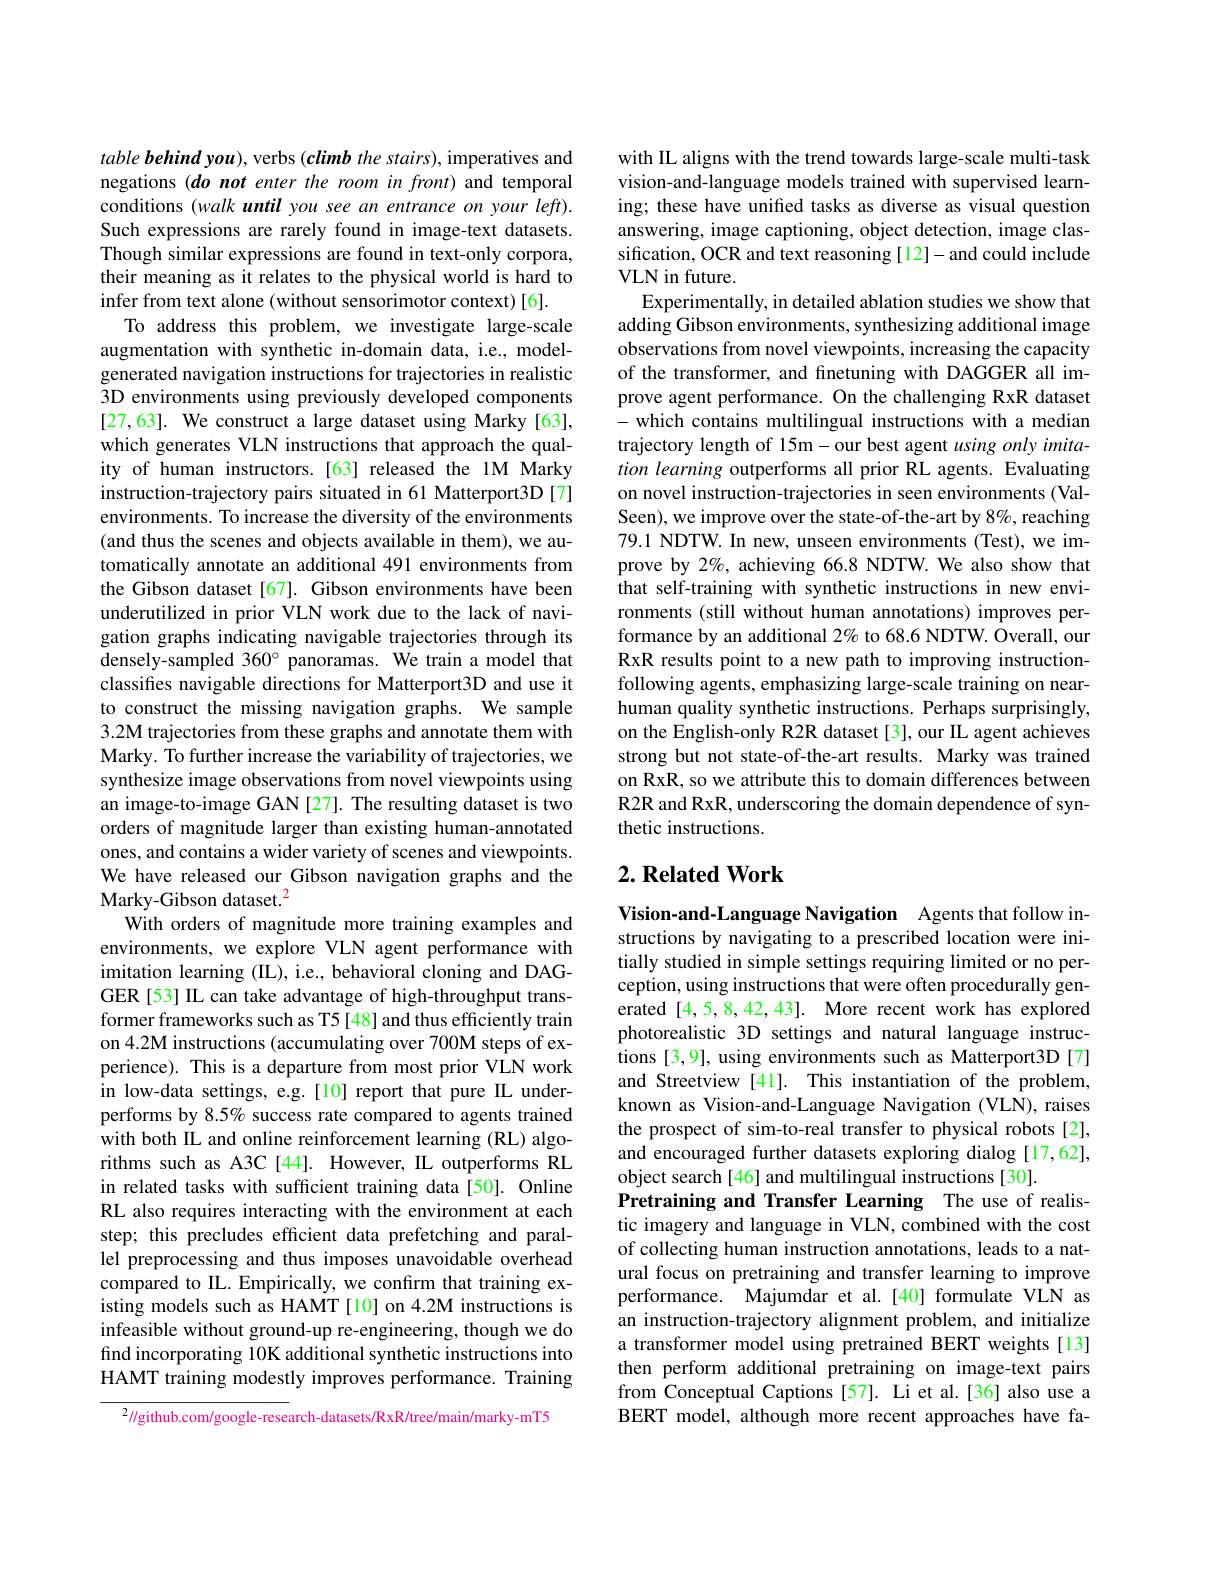
table behind you), verbs (climb the stairs), imperatives and negations (do not enter the room in front) and temporal conditions (walk until you see an entrance on your left). Such expressions are rarely found in image-text datasets. Though similar expressions are found in text-only corpora, their meaning as it relates to the physical world is hard to infer from text alone (without sensorimotor context)[6].
To address this problem, we investigate large-scale augmentation with synthetic in-domain data, i.e., modelgenerated navigation instructions for trajectories in realistic 3D environments using previously developed components [27,63]. We construct a large dataset using Marky [63], which generates VLN instructions that approach the quality of human instructors.[63] released the 1M Marky instruction-trajectory pairs situated in 61 Matterport3D [7] environments. To increase the diversity of the environments (and thus the scenes and objects available in them), we automatically annotate an additional 491 environments from the Gibson dataset[67]. Gibson environments have been underutilized in prior VLN work due to the lack of navigation graphs indicating navigable trajectories through its densely-sampled 360° panoramas. We train a model that classifies navigable directions for Matterport3D and use it to construct the missing navigation graphs. We sample 3.2M trajectories from these graphs and annotate them with Marky. To further increase the variability of trajectories, we synthesize image observations from novel viewpoints using an image-to-image GAN[27]. The resulting dataset is two orders of magnitude larger than existing human-annotated ones, and contains a wider variety of scenes and viewpoints. We have released our Gibson navigation graphs and the Marky-Gibson dataset.$^{2}$
With orders of magnitude more training examples and environments, we explore VLN agent performance with imitation learning (IL), i.e., behavioral cloning and DAGGER [53] IL can take advantage of high-throughput transformer frameworks such as T5[48] and thus efficiently train on 4.2M instructions (accumulating over 700M steps of experience). This is a departure from most prior VLN work in low-data settings, e.g.[10] report that pure IL underperforms by 8.5% success rate compared to agents trained with both IL and online reinforcement learning (RL) algorithms such as A3C[44]. However, IL outperforms RL in related tasks with sufficient training data[50]. Online RL also requires interacting with the environment at each step; this precludes efficient data prefetching and parallel preprocessing and thus imposes unavoidable overhead compared to IL. Empirically, we confırm that training existing models such as HAMT [10] on 4.2M instructions is infeasible without ground-up re-engineering, though we do find incorporating 10K additional synthetic instructions into HAMT training modestly improves performance. Training
$^2//$github.com/google-research-datasets/RxR/tree/main/marky-mT5

with IL aligns with the trend towards large-scale multi-task vision-and-language models trained with supervised learning; these have unified tasks as diverse as visual question answering, image captioning, object detection, image classification, OCR and text reasoning[12]-and could include VLN in future.
Experimentally, in detailed ablation studies we show that adding Gibson environments, synthesizing additional image observations from novel viewpoints, increasing the capacity of the transformer, and finetuning with DAGGER all improve agent performance. On the challenging RxR dataset - which contains multilingual instructions with a median trajectory length of 15m-our best agent usingonly imitation learning outperforms all prior RL agents. Evaluating on novel instruction-trajectories in seen environments (ValSeen), we improve over the state-of-the-art by 8%, reaching 79.1 NDTW. In new, unseen environments (Test), we improve by 2%, achieving 66.8 NDTW. We also show that that self-training with synthetic instructions in new environments (still without human annotations) improves performance by an additional $2\%$ to 68.6 NDTW. Overall, our RxR results point to a new path to improving instructionfollowing agents, emphasizing large-scale training on nearhuman quality synthetic instructions. Perhaps surprisingly, on the English-only R2R dataset [3], our IL agent achieves strong but not state-of-the-art results. Marky was trained on RxR, so we attribute this to domain differences between R2R and RxR, underscoring the domain dependence of synthetic instructions.

# 2. Related Work

Vision-and-Language Navigation Agents that follow instructions by navigating to a prescribed location were initially studied in simple settings requiring limited or no perception, using instructions that were often procedurally generated [4,5,8,42,43]. More recent work has explored photorealistic 3D settings and natural language instructions [3,9], using environments such as Matterport3D [7] and Streetview [41]. This instantiation of the problem, known as Vision-and-Language Navigation (VLN), raises the prospect of sim-to-real transfer to physical robots[2], and encouraged further datasets exploring dialog [17,62], object search[46] and multilingual instructions[30].
Pretraining and Transfer Learning The use of realistic imagery and language in VLN, combined with the cost of collecting human instruction annotations, leads to a natural focus on pretraining and transfer learning to improve performance. Majumdar et al.[40] formulate VLN as an instruction-trajectory alignment problem, and initialize a transformer model using pretrained BERT weights[13] then perform additional pretraining on image-text pairs from Conceptual Captions[57]. Li et al.[36] also use a BERT model, although more recent approaches have fa-